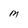
Character: M